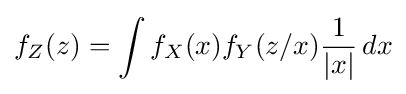
f_{Z}(z)=\int f_{X}(x)f_{Y}(z/x){\frac {1}{|x|}}\,dx